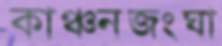
কাঞ্চনজংঘা